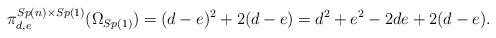
LaTeX: \begin{align*} \pi^{Sp(n)\times Sp(1)}_{d,e}(\Omega_{Sp(1)}) = (d-e)^2 + 2(d-e) = d^2 + e^2 - 2de + 2(d-e).\end{align*}